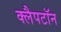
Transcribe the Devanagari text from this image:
क्लैपटॉन